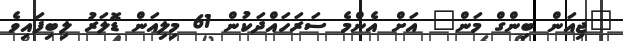
"ޖިއަން ބިންގް މަން" އަށް އެންމެ ސަރަހައްދަކުން 61 މިލިއަން ޑޮލަރު ލިބިފައިވެ